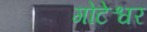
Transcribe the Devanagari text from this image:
गोटेश्वर